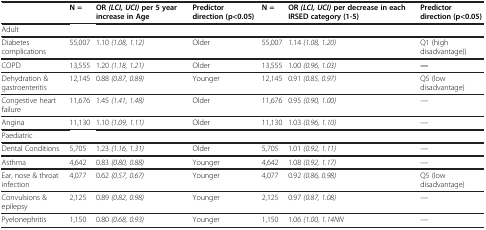
<table><thead><tr><td><b> </b></td><td><b>N =</b></td><td><b>OR<i>(LCI, UCI)</i>per 5 year increase in Age</b></td><td><b>Predictor direction (p&lt;0.05)</b></td><td><b>N =</b></td><td><b>OR<i>(LCI, UCI)</i>per decrease in each IRSED category (1-5)</b></td><td><b>Predictor direction (p&lt;0.05)</b></td></tr></thead><tbody><tr><td colspan="7">Adult</td></tr><tr><td>Diabetes complications</td><td>55,007</td><td>1.10 <i>(1.08, 1.12)</i></td><td>Older</td><td>55,007</td><td>1.14 <i>(1.08, 1.20)</i></td><td>Q1 (high disadvantage))</td></tr><tr><td>COPD</td><td>13,555</td><td>1.20 <i>(1.18, 1.21)</i></td><td>Older</td><td>13,555</td><td>1.00 <i>(0.96, 1.03)</i></td><td><b>—</b></td></tr><tr><td>Dehydration &amp; gastroenteritis</td><td>12,145</td><td>0.88 <i>(0.87, 0.89)</i></td><td>Younger</td><td>12,145</td><td>0.91 <i>(0.85, 0.97)</i></td><td>Q5 (low disadvantage)</td></tr><tr><td>Congestive heart failure</td><td>11,676</td><td>1.45 <i>(1.41, 1.48)</i></td><td>Older</td><td>11,676</td><td>0.95 <i>(0.90, 1.00)</i></td><td>—</td></tr><tr><td>Angina</td><td>11,130</td><td>1.10 <i>(1.09, 1.11)</i></td><td>Older</td><td>11,130</td><td>1.03 <i>(0.96, 1.10)</i></td><td>—</td></tr><tr><td colspan="7">Paediatric</td></tr><tr><td>Dental Conditions</td><td>5,705</td><td>1.23 <i>(1.16, 1.31)</i></td><td>Older</td><td>5,705</td><td>1.01 <i>(0.92, 1.11)</i></td><td>—</td></tr><tr><td>Asthma</td><td>4,642</td><td>0.83 <i>(0.80, 0.88)</i></td><td>Younger</td><td>4,642</td><td>1.08 <i>(0.92, 1.17)</i></td><td>—</td></tr><tr><td>Ear, nose &amp; throat infection</td><td>4,077</td><td>0.62 <i>(0.57, 0.67)</i></td><td>Younger</td><td>4,077</td><td>0.92 <i>(0.86, 0.98)</i></td><td>Q5 (low disadvantage)</td></tr><tr><td>Convulsions &amp; epilepsy</td><td>2,125</td><td>0.89 <i>(0.82, 0.98)</i></td><td>Younger</td><td>2,125</td><td>0.97 <i>(0.87, 1.08)</i></td><td>—</td></tr><tr><td>Pyelonephritis</td><td>1,150</td><td>0.80 <i>(0.68, 0.93)</i></td><td>Younger</td><td>1,150</td><td>1.06 <i>(1.00, 1.14NN</i></td><td>—</td></tr></tbody></table>